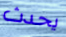
يحدث